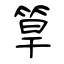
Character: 筸